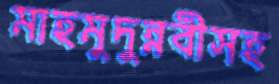
মাহমুদুন্নবীসহ